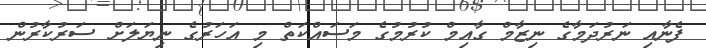
ފެނާއި ނަރުދަމާގެ ނިޒާމް ގާއިމް ކުރުމުގެ މަސައްކަތް މި އަހަރުގެ ނިޔަލަށް ސަރުކާރުން